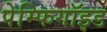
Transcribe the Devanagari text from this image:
पेम्फिगॉइड